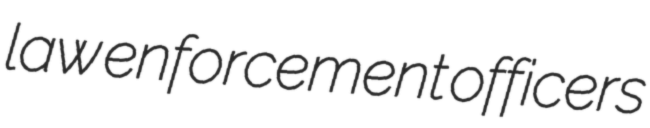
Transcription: law enforcement officers